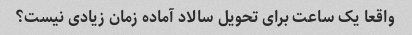
واقعا یک ساعت برای تحویل سالاد آماده زمان زیادی نیست؟